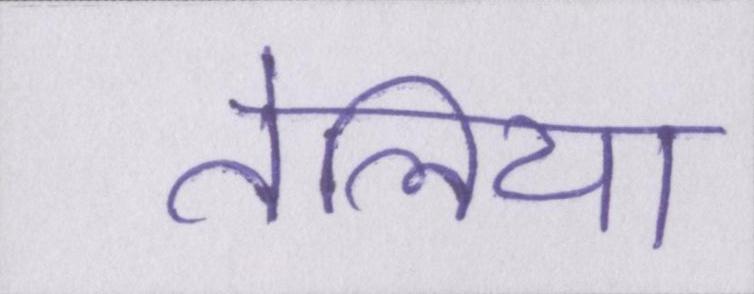
तेलिया